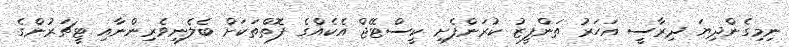
ނިމިގެންދިޔަ ދިރާސީ އަހަރު ތަންފީޒު ކުރަންފެށި ކީސްޓޭޖް އެކެއްގެ ފޮތްތަކަށް ބެލެނިވެރިންނާއި ޓީޗަރުންގެ